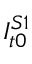
I _ { t 0 } ^ { S 1 }